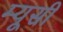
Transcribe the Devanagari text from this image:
म्यूसी